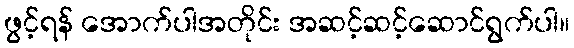
ဖွင့်ရန် အောက်ပါအတိုင်း အဆင့်ဆင့်ဆောင်ရွက်ပါ။